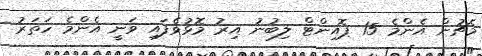
މެޗުން އެންމެ 15 ޕޮއިންޓް ލިބުނު އިރު މޮޅުވެފައި ވަނީ އެންމެ ހަތަރު